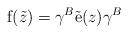
LaTeX: \begin{align*}{\rm f}(\tilde{z})=\gamma^{B}\tilde{{\rm e}}(z)\gamma^{B}\end{align*}